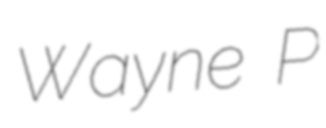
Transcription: Wayne P